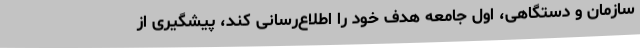
سازمان و دستگاهی، اول جامعه هدف خود را اطلاع‌رسانی کند، پیشگیری از